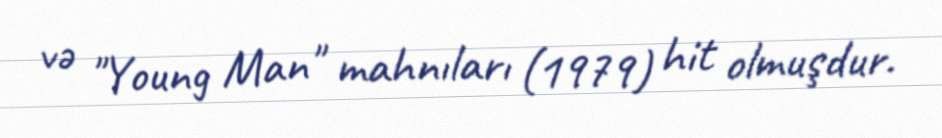
və "Young Man" mahnıları (1979) hit olmuşdur.